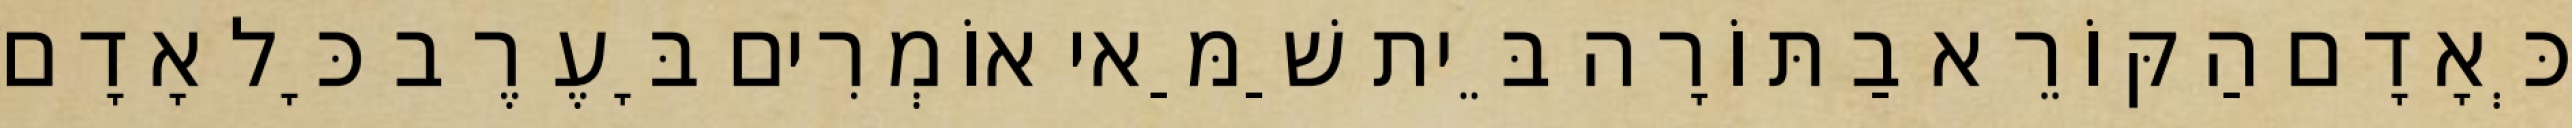
כְּאָדָם הַקּוֹרֵא בַתּוֹרָה בֵּית שַׁמַּאי אוֹמְרִים בָּעֶרֶב כָּל אָדָם